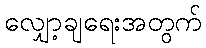
လျှော့ချရေးအတွက်